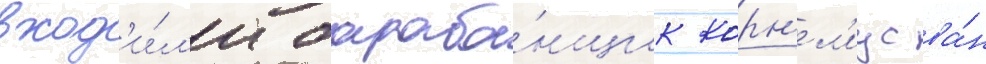
вход'и́л'и бараба́нщик корн'ел'иус ва́н